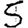
Digit: 5